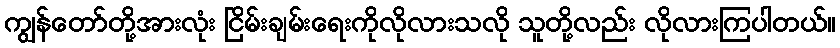
ကျွန်တော်တို့အားလုံး ငြိမ်းချမ်းရေးကိုလိုလားသလို သူတို့လည်း လိုလားကြပါတယ်။